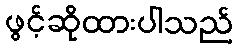
ဖွင့်ဆိုထားပါသည်